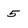
Character: 5